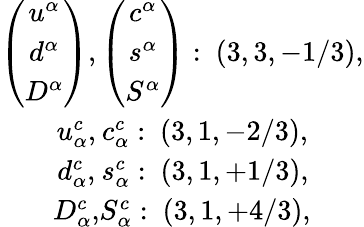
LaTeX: \begin{array}{c}{{\begin{array}{cc}{{\left(\begin{array}{c}{{u^{\alpha}}}\\ {{d^{\alpha}}}\\ {{D^{\alpha}}}\end{array}\right),\left(\begin{array}{c}{{c^{\alpha}}}\\ {{s^{\alpha}}}\\ {{S^{\alpha}}}\end{array}\right)}}\end{array}:~(3,3,-1/3),}}\\ {{\begin{array}{cc}{{\begin{array}{c}{{u_{\alpha}^{c},}}\\ {{d_{\alpha}^{c},}}\\ {{D_{\alpha}^{c},}}\end{array}\begin{array}{c}{{c_{\alpha}^{c}:~(3,1,-2/3),}}\\ {{s_{\alpha}^{c}:~(3,1,+1/3),}}\\ {{S_{\alpha}^{c}:~(3,1,+4/3),}}\end{array}}}\end{array}}}\end{array}